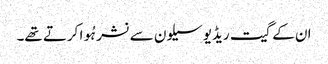
ان کے گیت ریڈیو سیلون سے نشر ہُوا کرتے تھے۔